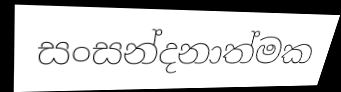
සංසන්දනාත්මක